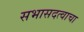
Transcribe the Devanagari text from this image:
सभासदत्वाचा